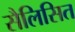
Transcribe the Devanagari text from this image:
सैलिसित